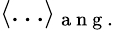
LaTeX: \langle\ldots\rangle_{\mathrm{~a~n~g~.~}}